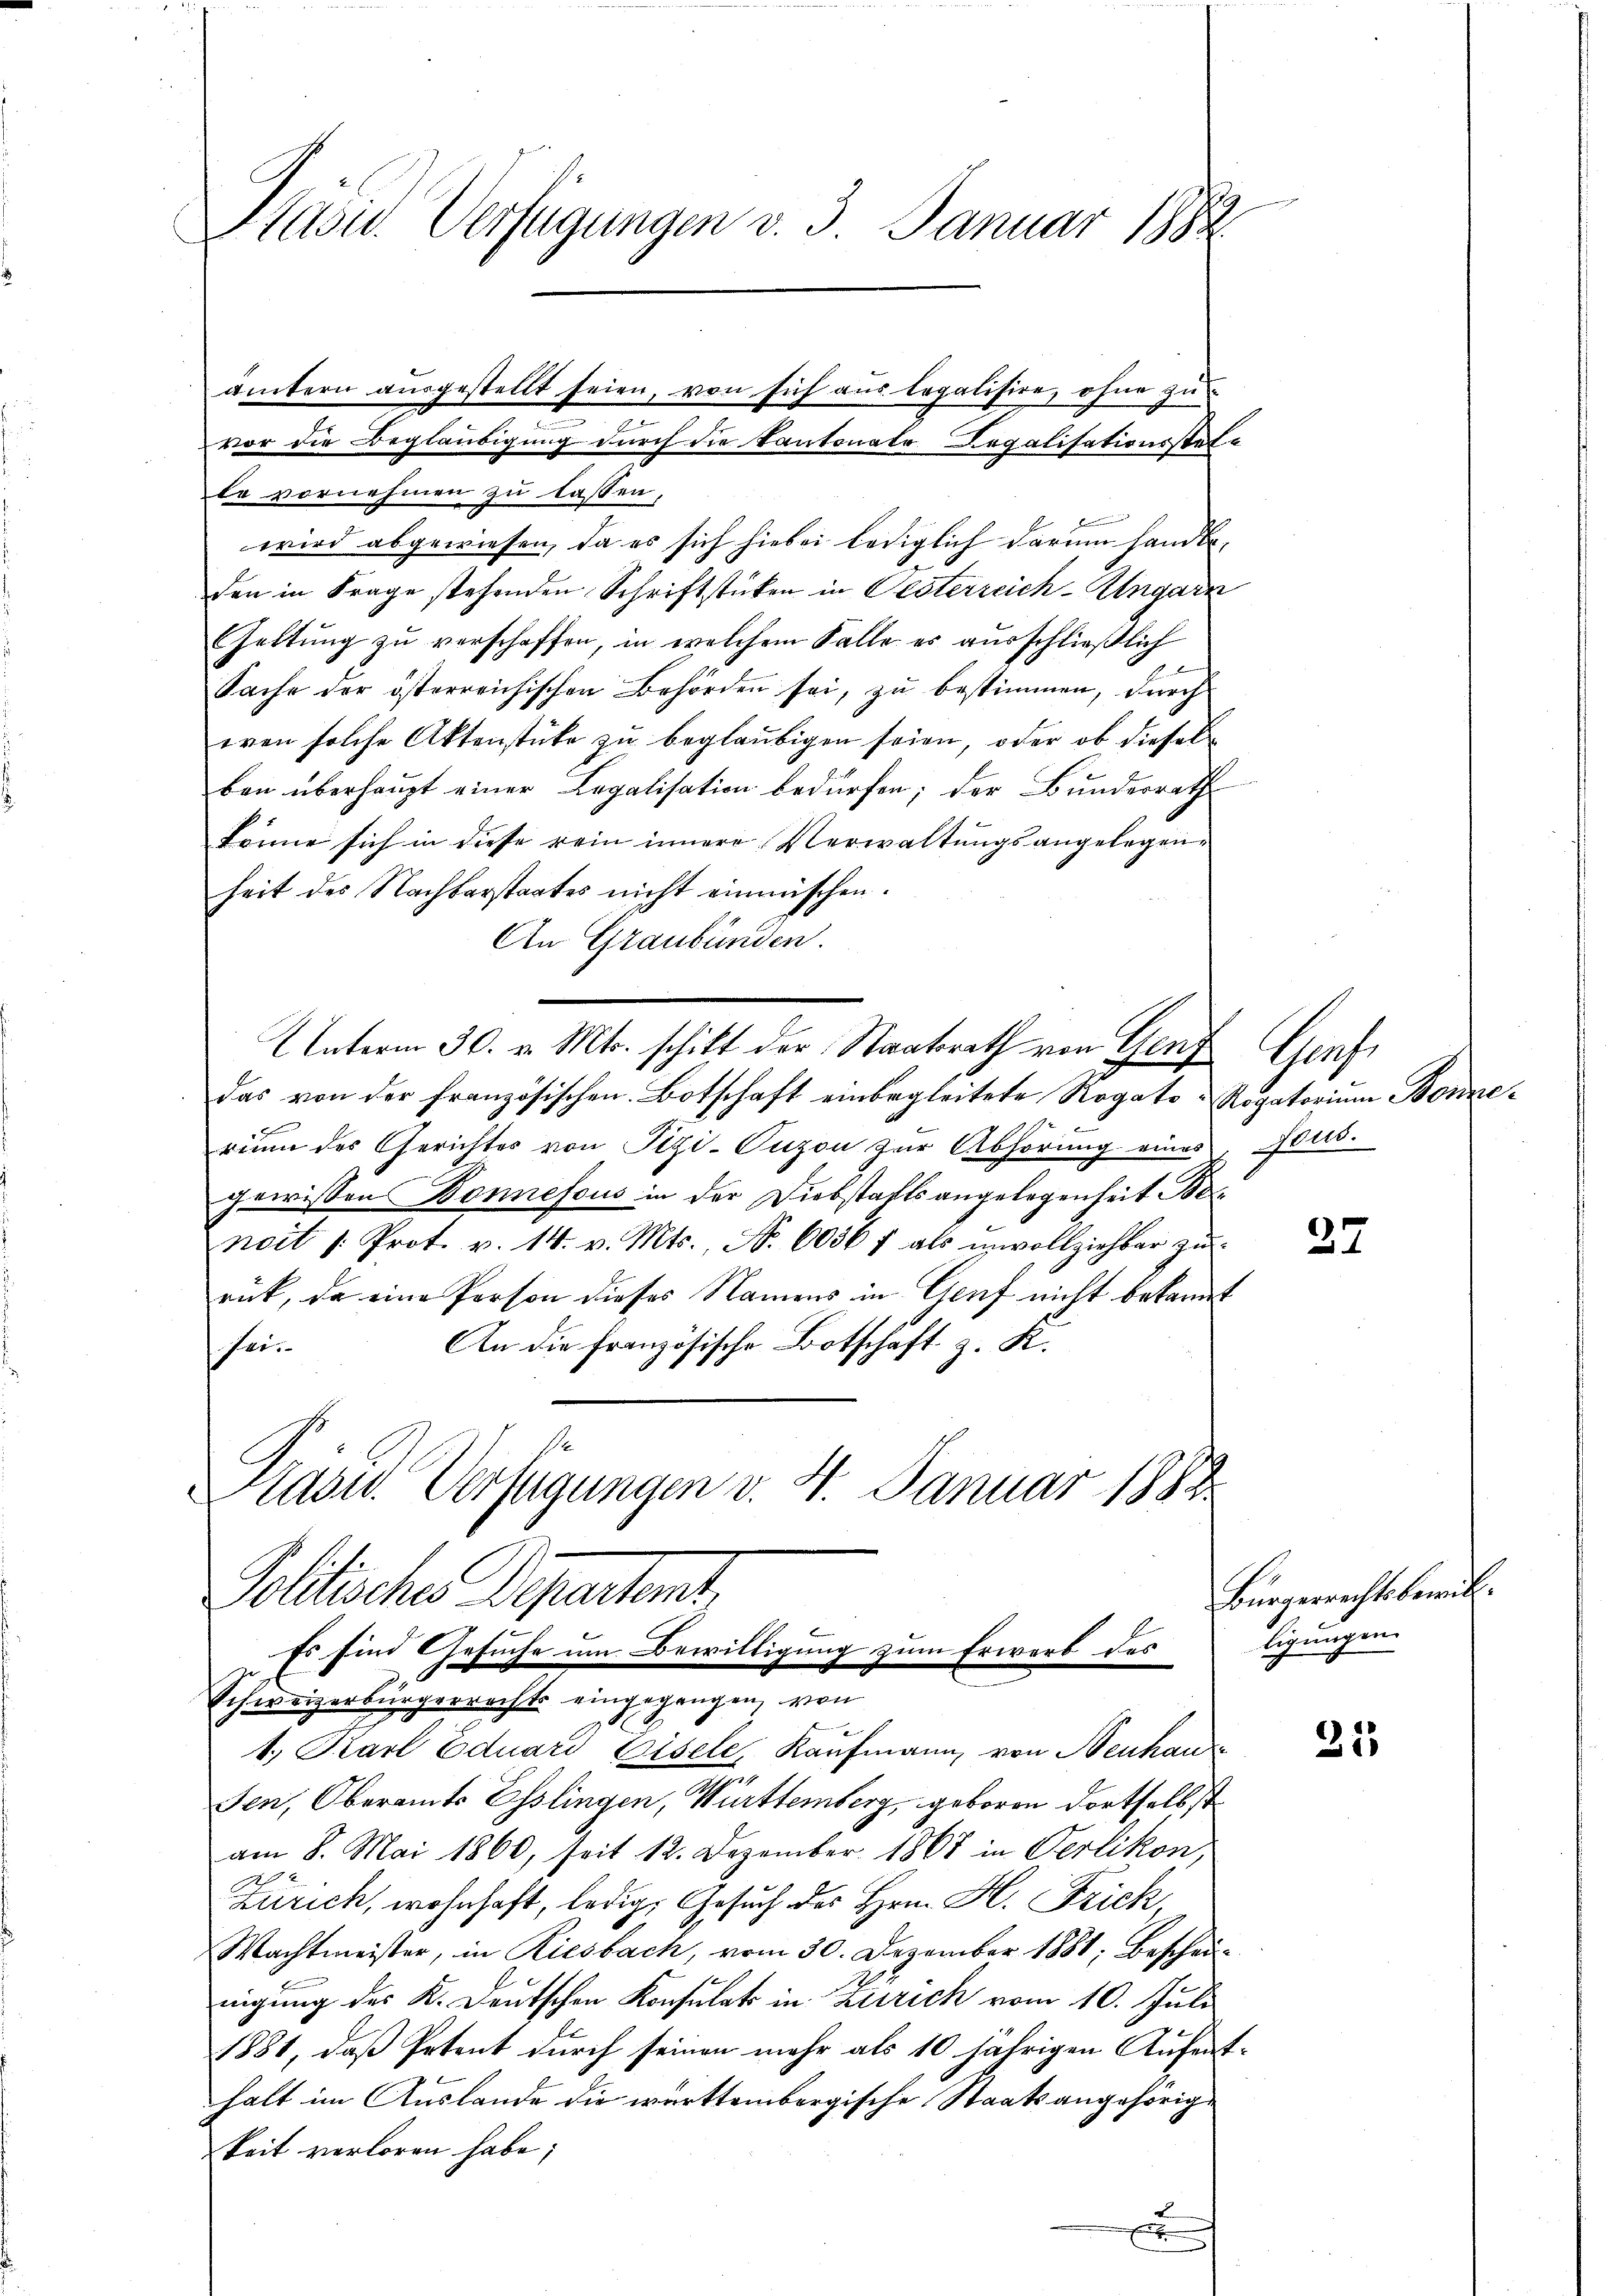
Präsid. Verfügungen v. 3. Januar 1882

le vornehmen zu lassen,
wird abgewiesen, da es sich hiebei lediglich darum hander,
den in Frage stehenden Schriftstücken in Pesterreich-Ungarn
Geltung zu verschaffen, in welchem Falle es ausschließlich
Sache der österreichischen Behörden sei, zŭ bestimmen, durch
eren solche Aktenstüke zu beglaubigen seien, oder ob diesel
ben überhaupt einer Legalisation bedürfen; der Bundesrath
könne sich in diese rein innere Verwaltungsangelegenheit des Nachbarstaates nicht einmischen.
An Graubünden.
Unterm 30. v. Mts. schikt der Staatsrath von Genf Genf
das von der französischen Botschaft einbegleitete Rogato- Rogatorium Bonnerium der Gerichtes von Pizi-Puzon zŭr Abhörung eines Aus
gewissen Bonnefous in der Diebstahlsangelegenheit Benoit 1. Prot. v. 14. v. Mts., N. 6036 f als ŭnvollziehbar zŭ
rück, da eine Person dieses Namens in Genf nicht bekannt
An die Französische Botschaft z. K.
hie
Kasur. Verfügungen v. 4. Januar 1883.

Politisches Departemt.
Es sind Gesuche um Bewilligung zum Erwerb des
Schweizerbürgerrechts eingegangen, von

ämtern aŭsgestellt seien, von sich aus legalisire, ohne zŭ
n
vor die Beglaubigung durch die Kantonate Regalisationsstel¬

1., Karl Eduard Eisele, Kaufmann, von Neuhau
sen, Oberamts Esslingen, Württemberg, geboren dortselbst
am 8. Mai 1860, seit 12. Dezember 1867 in Verlikon,
x
Zürich, wohnhaft, ledig, Gesuch des Hrn. H. Frick
Wachtmeister, in Riesbach, vom 30. Dezember 1881, bescheinigung des K. Deutschen Konsulats in Zürich vom 10. Juli
1881, daß Petent durch seinen mehr als 10 jährigen Aufenthalt im Auslande die württembergische Staatsangehörige
keit verloren habe;
x

37

Bürgerrechtsbewill.
ligungen

21